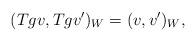
LaTeX: \begin{align*}(Tgv,Tgv^{\prime})_W=(v,v^{\prime})_W,\end{align*}